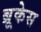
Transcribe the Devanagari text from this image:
ब्रूकेस